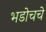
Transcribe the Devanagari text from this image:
भडोचचे